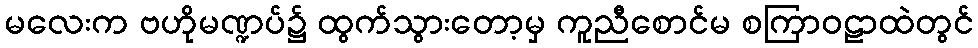
မလေးက ဗဟိုမဏ္ဍပ်၌ ထွက်သွားတော့မှ ကူညီစောင်မ စကြာဝဠာထဲတွင်